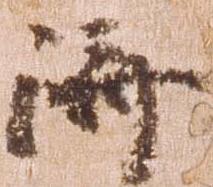
済